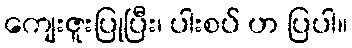
ကျေးဇူးပြုပြီး၊ ပါးစပ် ဟ ပြပါ။